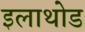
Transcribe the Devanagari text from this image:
इलाथोड